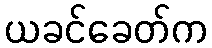
ယခင်ခေတ်က